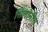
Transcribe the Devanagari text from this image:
सिलोनीस